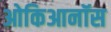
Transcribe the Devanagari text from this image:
ओकिआनॉस